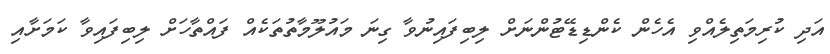
އަދި ކުރިމަތިލެއްވި އެހެން ކެންޑިޑޭޓުންނަށް ލިބިފައިނުވާ ގިނަ މައުލޫމާތުތަކެއް ފައްތާހަށް ލިބިފައިވާ ކަމަށާއި